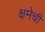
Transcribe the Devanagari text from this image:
क्षमेची